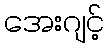
အေးဂျင့်